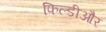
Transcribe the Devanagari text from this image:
फिल्डीऔर